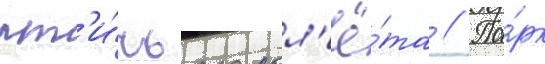
пт'и́чьего пол'ё́та // Па́рк